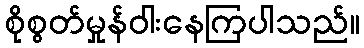
စိုစွတ်မှုန်ဝါးနေကြပါသည်။